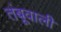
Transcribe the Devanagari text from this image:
तंबूवाली